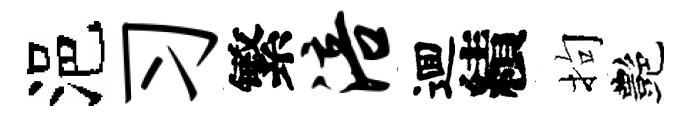
浥习繁涪逥績拘艷